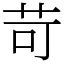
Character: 苛